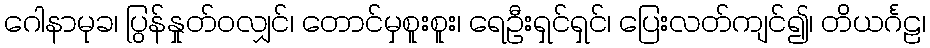
ဂေါနာမုခ၊ ပြွန်နှုတ်ဝလျှင်၊ တောင်မှစူးစူး၊ ရေဦးရှင်ရှင်၊ ပြေးလတ်ကျင်၍၊ တိယင်္ဂဠ၊